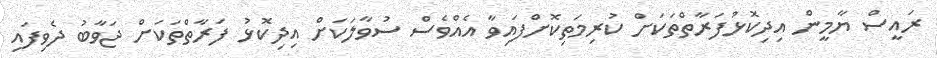
ރައީސް ޔާމީން އިދިކޮޅުފަރާތްތަކަށް ކުރިމަތިކޮށްފައިވާ އެއްވެސް ސުވާލަކަށް އިދިކޮޅު ފަރާތްތަކަށް ޖަވާބު ދެވިފައި